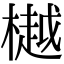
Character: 樾